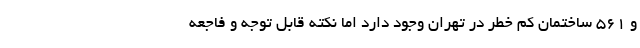
و ۵۶۱ ساختمان کم خطر در تهران وجود دارد اما نکته قابل توجه و فاجعه